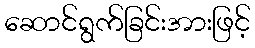
ဆောင်ရွက်ခြင်းအားဖြင့်